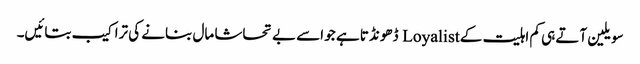
سویلین آتے ہی کم اہلیت کے Loyalist ڈھونڈتا ہے جو اسے بے تحاشا مال بنانے کی تراکیب بتائیں۔